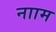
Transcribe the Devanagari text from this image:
नााम